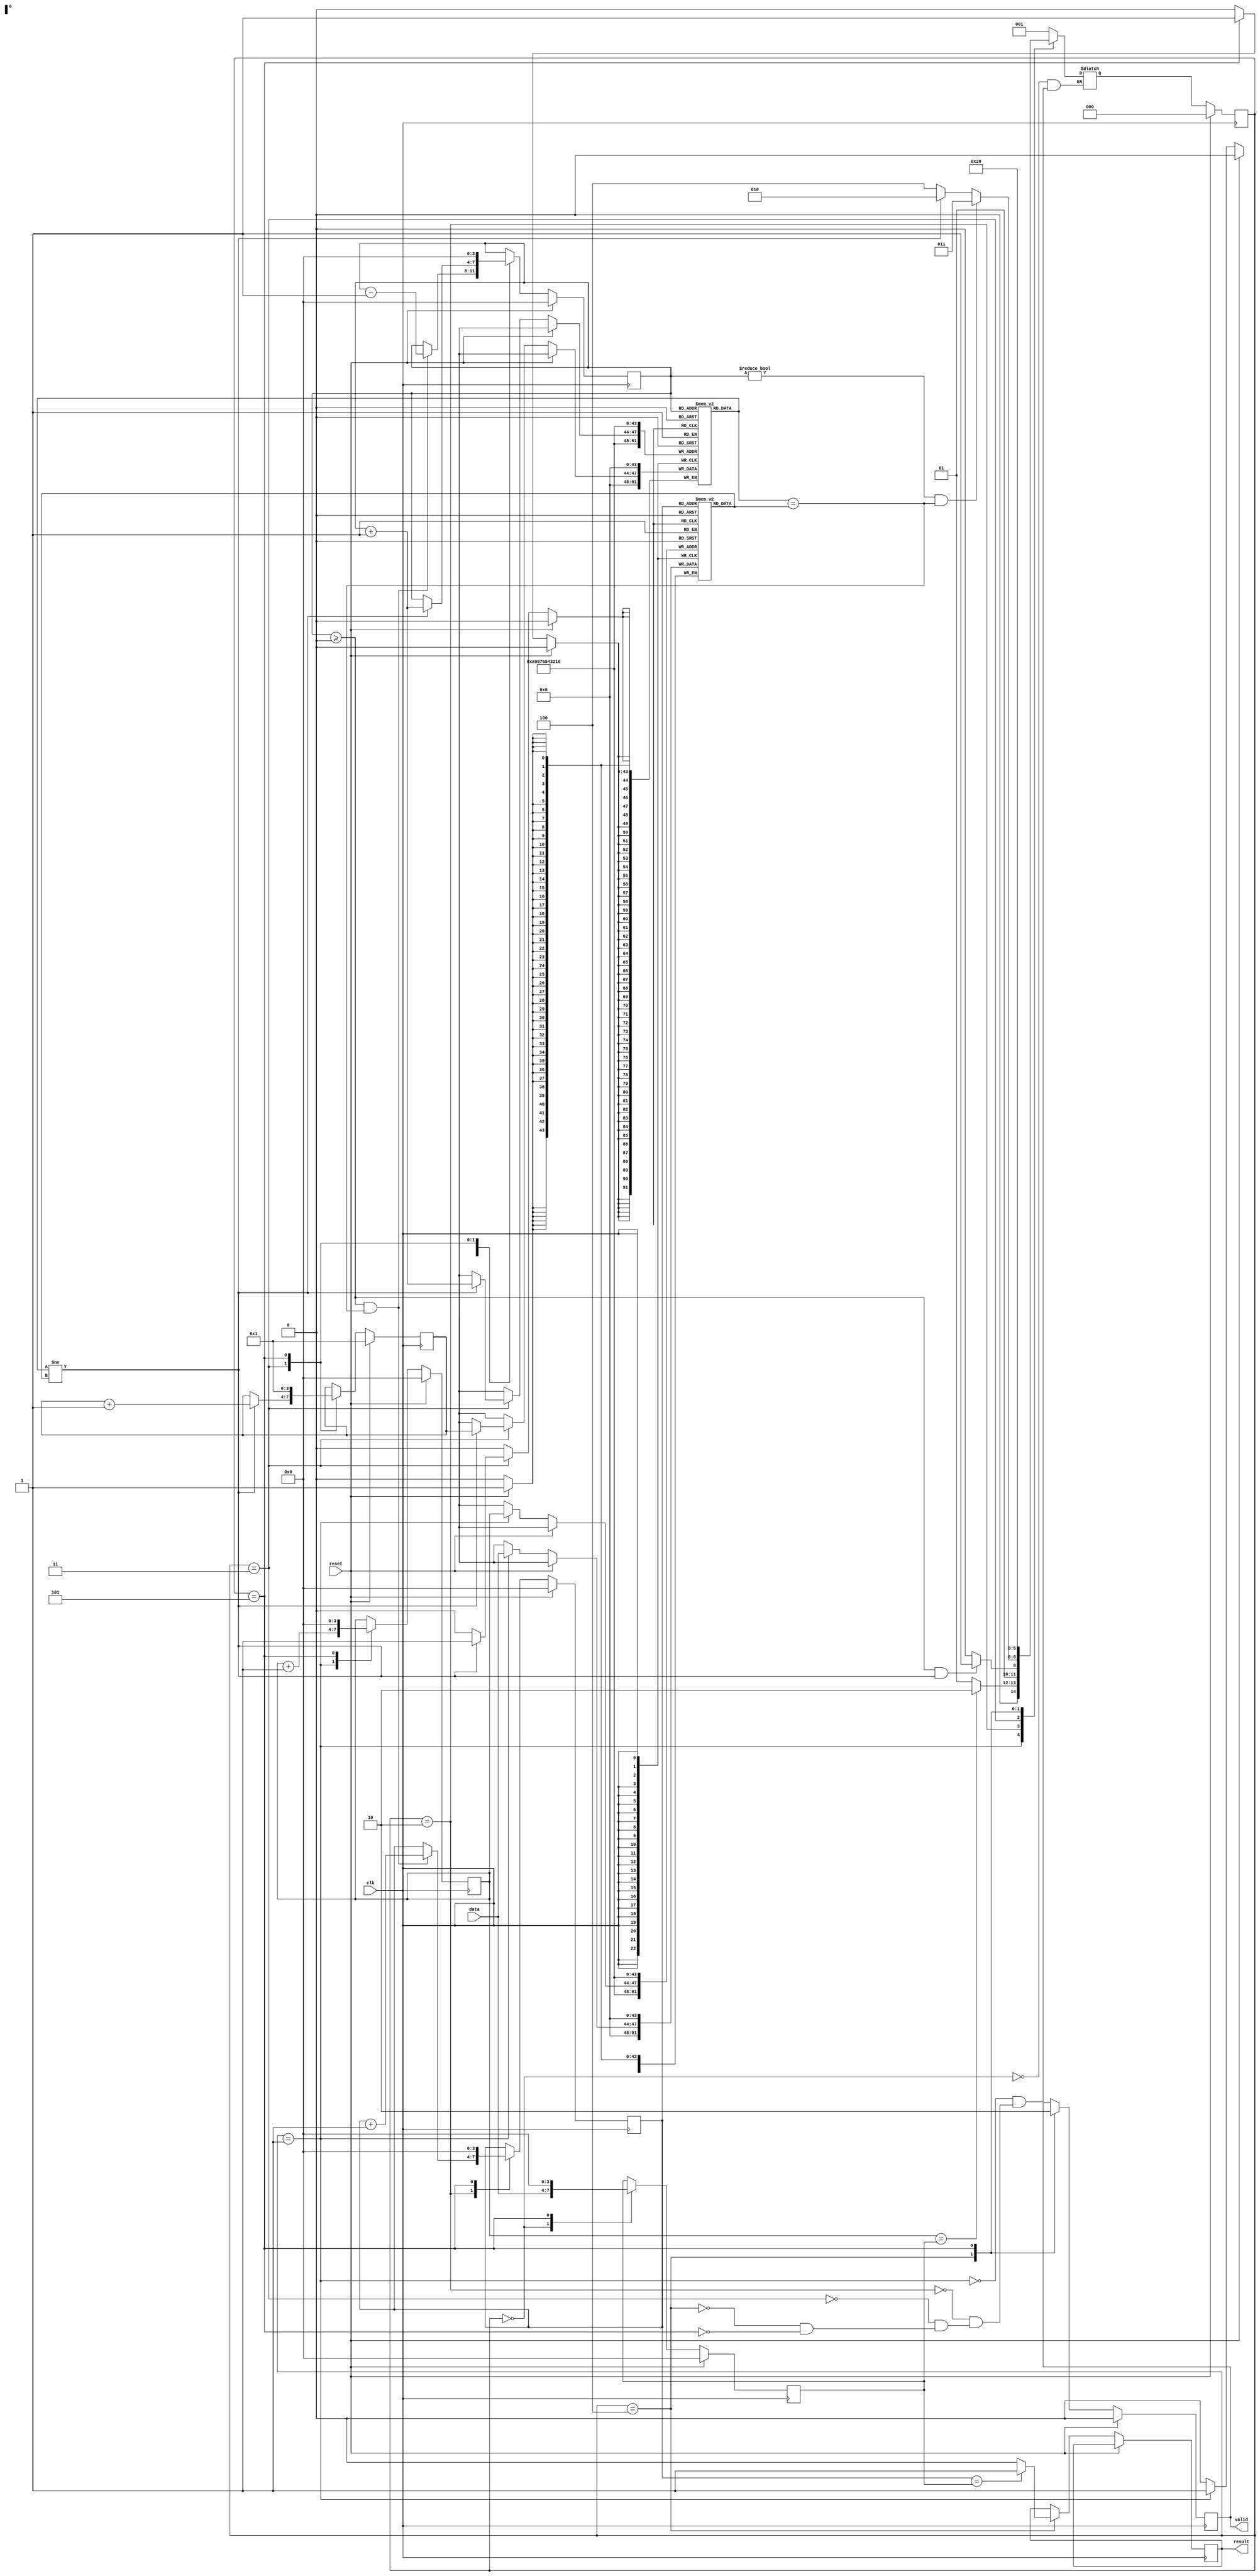
module rails(clk, reset, data, valid, result);
input        clk;
input        reset;
input  [3:0] data;
output       valid;
output       result;
reg result;
reg valid=0;

localparam NUMBER_IN = 3'd0;
localparam DATA_IN = 3'd1;
localparam STATION_POP = 3'd2;
localparam STATION_PUSH = 3'd3;
localparam OUT = 3'd4;
localparam WAIT = 3'd5;

//define state(current) and nextstate
reg  [2:0] state, nextstate;
//other para
reg [3:0] num=0;
//counter
reg  [3:0] data_counter=0; 
reg  [3:0] train_counter=1;
//stack and data array
reg [3:0] stack [0:10];
reg [3:0] indata [0:10];
reg [3:0] sp, dp;
integer i;//reg to integer

//current state, condition attention!!
always@(posedge clk)begin
    if(reset)
        state <= NUMBER_IN;
    else
        //?
        state <= nextstate;
end
//next state, condition attention!!
//else, if else
always@(*)begin
    case(state)
        NUMBER_IN:begin
            nextstate <= DATA_IN;
        end
        DATA_IN:begin
            if(data_counter == num)//build a counter data_counter to count how many data in
                nextstate <= STATION_POP;
            else
                nextstate <= DATA_IN;
        end
        STATION_POP:begin// !!!IF ELSE!!!
            if(sp>=0&&(stack[sp]!=indata[dp]))
                nextstate <= STATION_PUSH;
            else
                nextstate <= STATION_POP;
        end
        STATION_PUSH:begin//not sure
            if(sp!=0 && stack[sp]==indata[dp])
                nextstate <= STATION_PUSH;
            else if(stack[sp]!=indata[dp])
                nextstate <= STATION_POP;
            else
                nextstate <= OUT; 
        end
        OUT:begin
            nextstate <= WAIT;
        end
        WAIT:begin
            nextstate <= NUMBER_IN;
        end
    endcase
end

//output state, condition attention!!
always@(posedge clk)begin

if(reset)begin//!!!initialize!!!
    valid <= 0;
    num <= 0;
    data_counter <= 0;
    train_counter <= 1;
    sp <= 0;
    dp <= 0;
    for (i=0;i<11;i=i+1)begin
        stack[i]<=0;
        indata[i]<=0;
    end
end
else begin
    case(state)
        NUMBER_IN:begin
            num <= data;
        end
        DATA_IN:begin
            indata[data_counter] <= data;
            data_counter <= data_counter+1;
        end
        STATION_POP:begin//consider NULL
            if(sp>=0&&(stack[sp]==indata[dp]))begin
                sp <= sp-1;
                dp <= dp+1;
            end
        end
        STATION_PUSH:begin
            if(stack[sp]!=indata[dp])begin
                stack[sp+1] <= train_counter;
                train_counter <= train_counter +1;
                sp <= sp+1;
            end
        end
        OUT:begin
            valid <= 1;
            if(dp == num)
                result <= 1;
            else    
                result <= 0;
        end
        WAIT:begin
            valid <= 0;
            num <= 0;
            data_counter <= 0;
            train_counter <= 1;
            sp <= 0;
            dp <= 0;
            for (i=0;i<11;i=i+1)begin
                stack[i]<=0;
                indata[i]<=0;
            end
        end
    endcase
end
end

endmodule